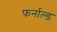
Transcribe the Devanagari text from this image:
फर्नाल्ड